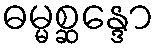
ဓမ္မစ္ဆန္ဒော